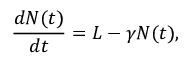
\frac { d N ( t ) } { d t } = L - \gamma N ( t ) ,